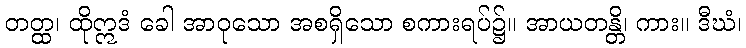
တတ္ထ၊ ထိုဣဒံ ခေါ အာဝုသော အစရှိသော စကားရပ်၌။ အာယတန္တိ၊ ကား။ ဒီဃံ၊